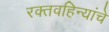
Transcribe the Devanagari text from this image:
रक्तवहिन्यांचे